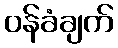
ဝန်ခံချက်